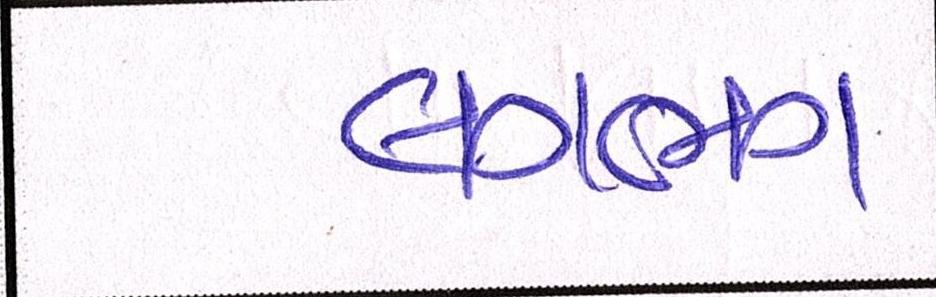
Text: લગભગ